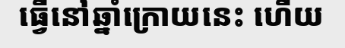
ធ្វើនៅឆ្នាំក្រោយនេះ ហើយ